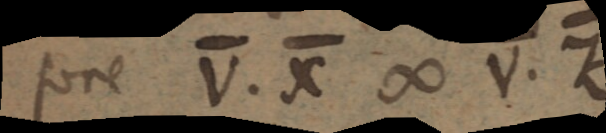
fore V. X ∞ V. Z